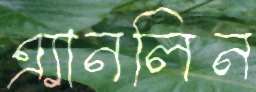
এ্যানলিন